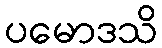
ပမောဒသိ